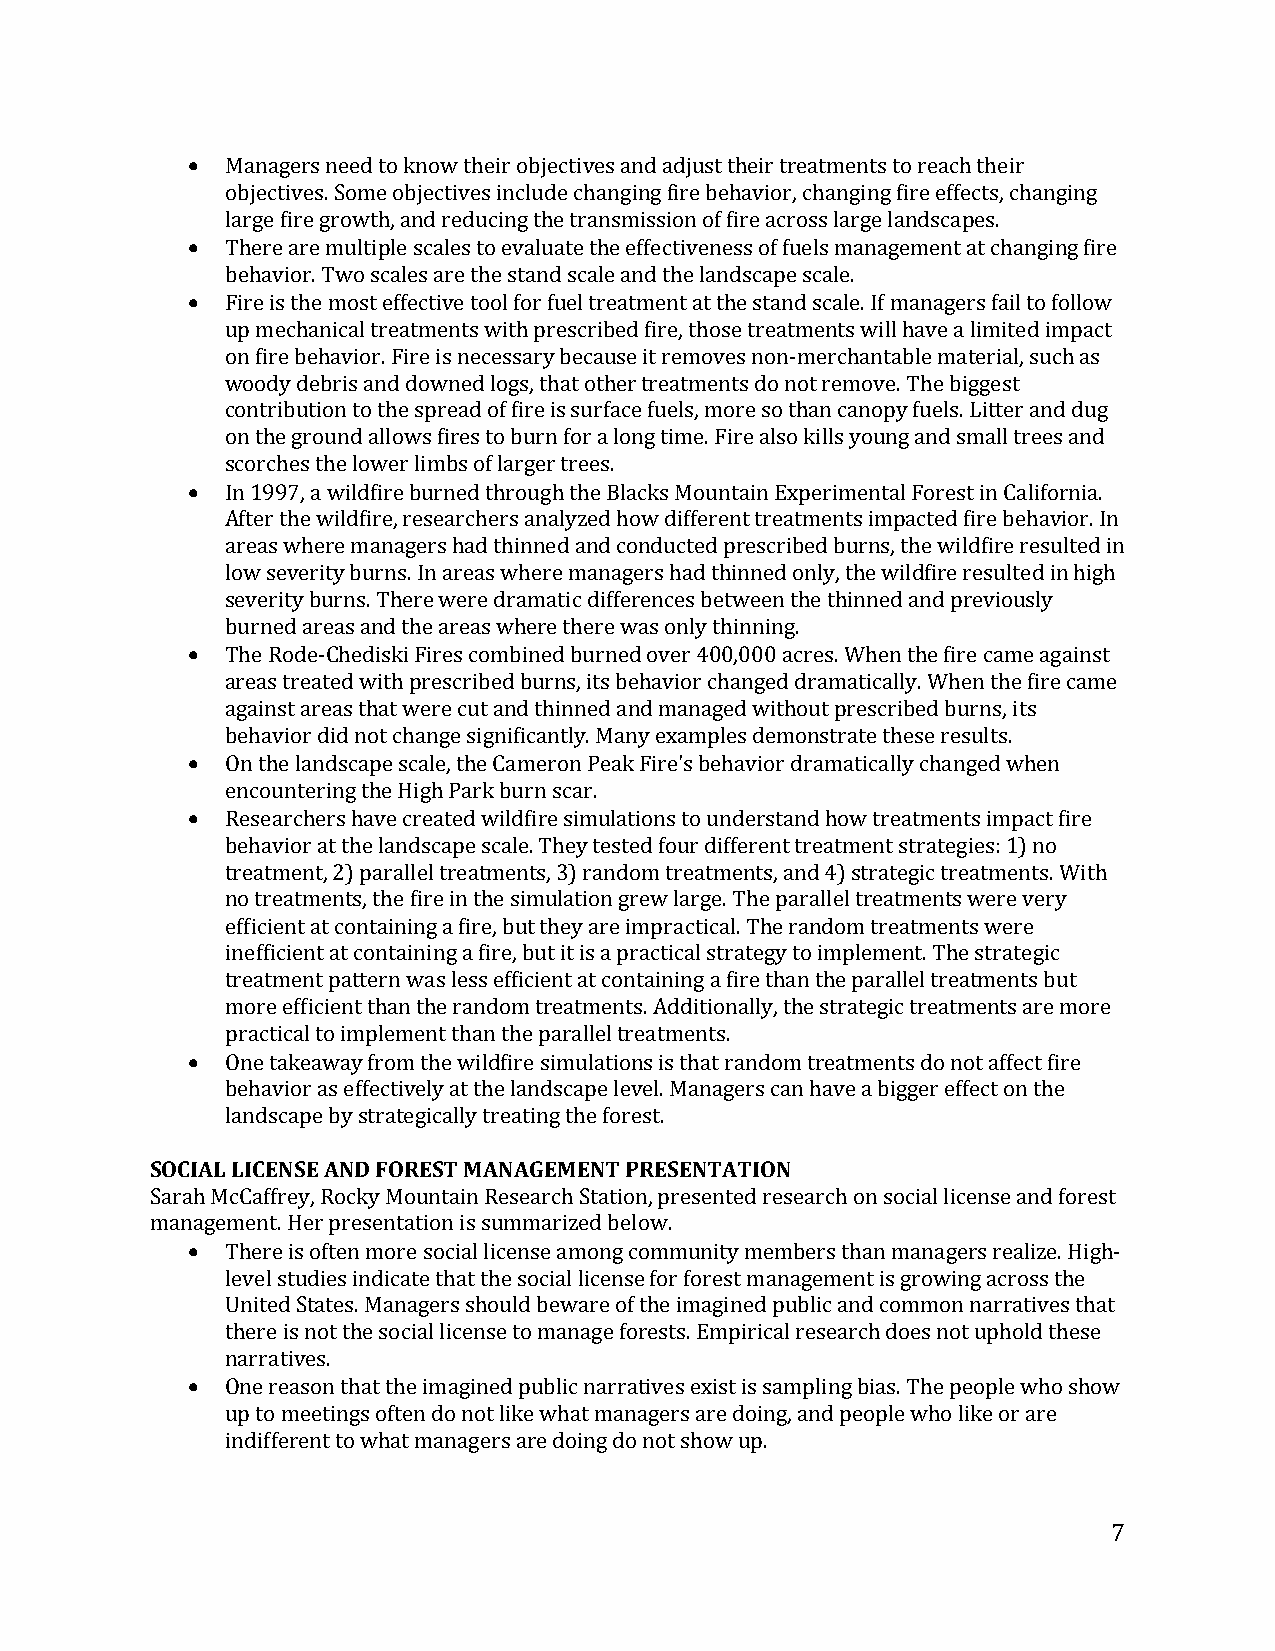
•
 Managers need to know their objectives and adjust their treatments to reach their
 •  objectives. Some objectives include changing fire behavior, changing fire effects, changing
 large fire growth, and reducing the transmission of fire across large landscapes.
 •  There are multiple scales to evaluate the effectiveness of fuels management at changing fire
 behavior. Two scales are the stand scale and the landscape scale.
 Fire is the most effective tool for fuel treatment at the stand scale. If managers fail to follow
 up mechanical treatments with prescribed fire, those treatments will have a limited impact
 on fire behavior. Fire is necessary because it removes non-merchantable material, such as
 woody debris and downed logs, that other treatments do not remove. The biggest
 contribution to the spread of fire is surface fuels, more so than canopy fuels. Litter and dug
 •  on the ground allows fires to burn for a long time. Fire also kills young and small trees and
 scorches the lower limbs of larger trees.
 In 1997, a wildfire burned through the Blacks Mountain Experimental Forest in California.
 After the wildfire, researchers analyzed how different treatments impacted fire behavior. In
 areas where managers had thinned and conducted prescribed burns, the wildfire resulted in
 low severity burns. In areas where managers had thinned only, the wildfire resulted in high
 •  severity burns. There were dramatic differences between the thinned and previously
 burned areas and the areas where there was only thinning.
 The Rode-Chediski Fires combined burned over 400,000 acres. When the fire came against
 areas treated with prescribed burns, its behavior changed dramatically. When the fire came
 •  against areas that were cut and thinned and managed without prescribed burns, its
 behavior did not change significantly. Many examples demonstrate these results.
 •  On the landscape scale, the Cameron Peak Fire's behavior dramatically changed when
 encountering the High Park burn scar.
 Researchers have created wildfire simulations to understand how treatments impact fire
 behavior at the landscape scale. They tested four different treatment strategies: 1) no
 treatment, 2) parallel treatments, 3) random treatments, and 4) strategic treatments. With
 no treatments, the fire in the simulation grew large. The parallel treatments were very
 efficient at containing a fire, but they are impractical. The random treatments were
 inefficient at containing a fire, but it is a practical strategy to implement. The strategic
 treatment pattern was less efficient at containing a fire than the parallel treatments but
 •  more efficient than the random treatments. Additionally, the strategic treatments are more
 practical to implement than the parallel treatments.
 One takeaway from the wildfire simulations is that random treatments do not affect fire
 behavior as effectively at the landscape level. Managers can have a bigger effect on the
 SOCIALl aLnICdEscNaSpEe AbNy Dst rFaOteRgEicSaTl lMy tArNeaAtGinEgM thEeN fTo rPeRstE. SENTATION
 Sara•h McCaffrey, Rocky Mountain Research Station, presented research on social license and forest
 management. Her presentation is summarized below.
 There is often more social license among community members than managers realize. High-
 level studies indicate that the social license for forest management is growing across the
 United States. Managers should beware of the imagined public and common narratives that
 •  there is not the social license to manage forests. Empirical research does not uphold these
 narratives.
 One reason that the imagined public narratives exist is sampling bias. The people who show
 up to meetings often do not like what managers are doing, and people who like or are
 indifferent to what managers are doing do not show up.
 7